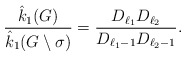
\begin{align*}\dfrac{\hat{k}_1{(G)}}{\hat{k}_1(G\setminus\sigma)}= \dfrac{D_{\ell_1}D_{\ell_2}}{D_{\ell_1-1}D_{\ell_2-1}}.\end{align*}